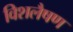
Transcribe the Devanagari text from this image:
विशलैषण